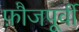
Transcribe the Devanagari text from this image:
फ़ौजपूर्वी